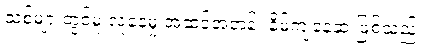
သစ်များတွင်မူ လူနေမှု အဆင့်အတန်း နိမ့်ကျနေဆဲ ဖြစ်သည်။